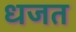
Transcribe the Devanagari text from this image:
धजत